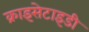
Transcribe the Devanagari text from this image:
क्राइसेटाइडी